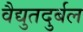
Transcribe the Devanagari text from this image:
वैद्युतदुर्बल